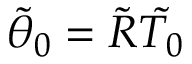
\tilde { \theta } _ { 0 } = \tilde { R } \tilde { T _ { 0 } }